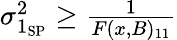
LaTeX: \begin{array}{r}{\sigma_{1_{\mathrm{SP}}}^{2}\geq\frac{1}{F(x,B)_{11}}}\end{array}